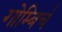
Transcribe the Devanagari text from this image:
गोम्बिर्च